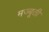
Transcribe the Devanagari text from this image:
मज्बूती